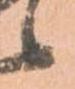
候